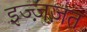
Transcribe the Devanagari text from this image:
इज्ज़ज़त